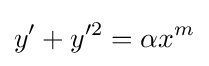
y'+y'^{2}=\alpha x^{m}